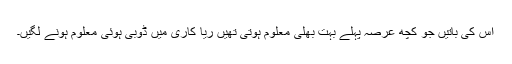
اس کی باتیں جو کچھ عرصہ پہلے بہت بھلی معلوم ہوتی تھیں ریا کاری میں ڈُوبی ہوئی معلوم ہونے لگیں۔